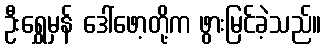
ဦးရွှေမှန် ဒေါ်ဖော့တို့က ဖွားမြင်ခဲ့သည်။